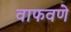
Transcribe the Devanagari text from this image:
वाफवणे